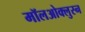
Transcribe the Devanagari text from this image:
मॉलओक्लुस्न